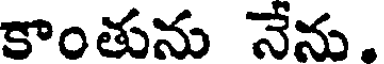
కాంతును నేను.